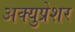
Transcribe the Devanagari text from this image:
अक्युप्रेशर